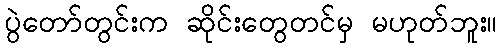
ပွဲတော်တွင်းက ဆိုင်းတွေတင်မှ မဟုတ်ဘူး။